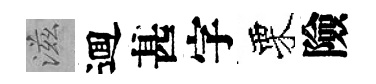
滋逥甚字栗險